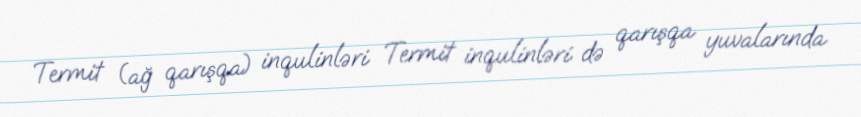
Termit (ağ qarışqa) inqulinləri Termit inqulinləri də qarışqa yuvalarında